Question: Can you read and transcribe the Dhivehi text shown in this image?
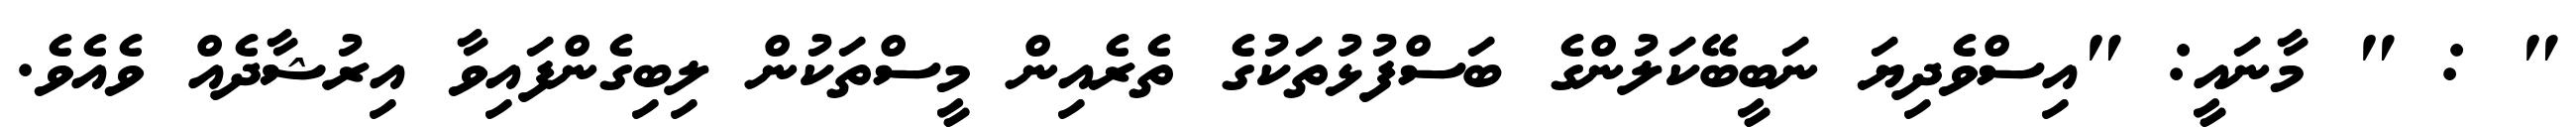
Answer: " : " މާނައީ: "އިސްވެދިޔަ ނަބީބޭކަލުންގެ ބަސްފުޅުތަކުގެ ތެރެއިން މީސްތަކުން ލިބިގެންފައިވާ އިރުޝާދެއް ވެއެވެ.